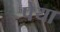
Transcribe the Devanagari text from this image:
पेया